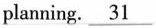
planning. \underline{31}